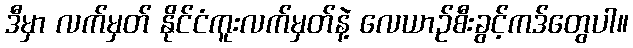
ဒီမှာ လက်မှတ် နိုင်ငံကူးလက်မှတ်နဲ့ လေယာဉ်စီးခွင့်ကဒ်တွေပါ။